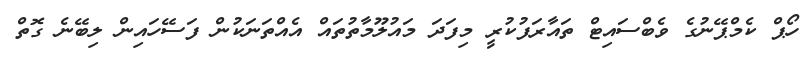
ހޯޕް ކެމްޕޭނުގެ ވެބްސައިޓް ތައާރަފުކުރީ މިފަދަ މައުލޫމާތުތައް އެއްތަނަކުން ފަސޭހައިން ލިބޭނެ ގޮތް